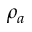
\rho _ { a }